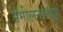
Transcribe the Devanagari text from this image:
संमीलनाच्या